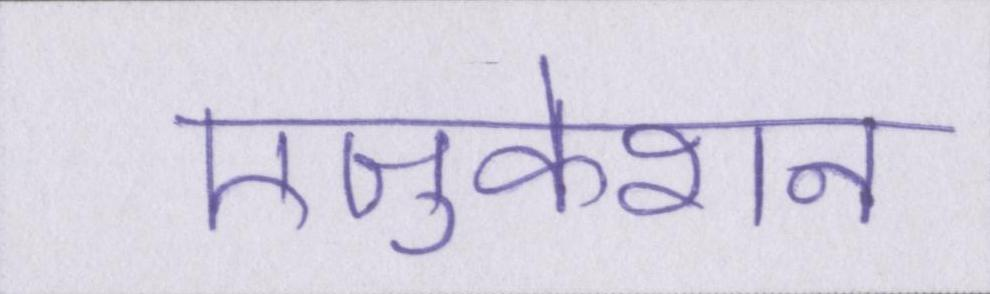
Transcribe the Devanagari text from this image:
एजुकेशन